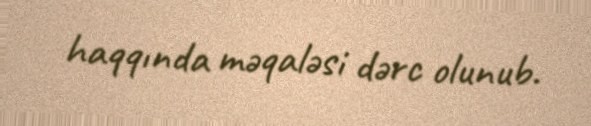
haqqında məqaləsi dərc olunub.